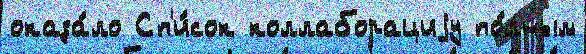
оказа́ло Сп'и́сок коллаборациjу по́лным